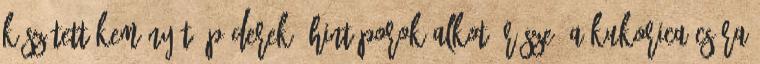
készített keményítő púderek, hintőporok alkotó része. A kukorica csíra